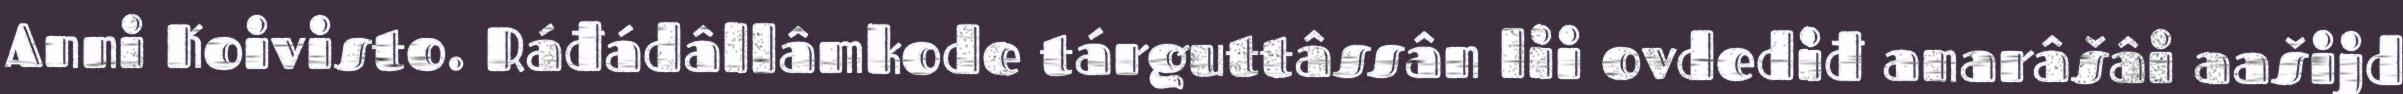
Anni Koivisto. Ráđádâllâmkode tárguttâssân lii ovdediđ anarâšâi aašijd